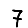
Digit: 7